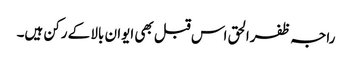
راجہ ظفرالحق اس قبل بھی ایوان بالا کے رکن ہیں۔